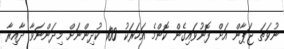
ނުވަތަ ޖަޕާން އަށް ފޮނުވައިގެން ކޮންމެ އަހަރަކު 100 ކުދިންނަށް މިދަންނަވާ ދާއިރާ